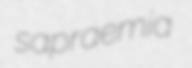
sapraemia